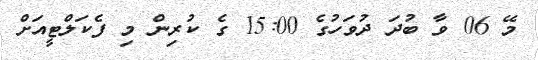
މޭ 06 ވާ ބުދަ ދުވަހުގެ 15:00 ގެ ކުރިން މި ފެކަލްޓީއަށް